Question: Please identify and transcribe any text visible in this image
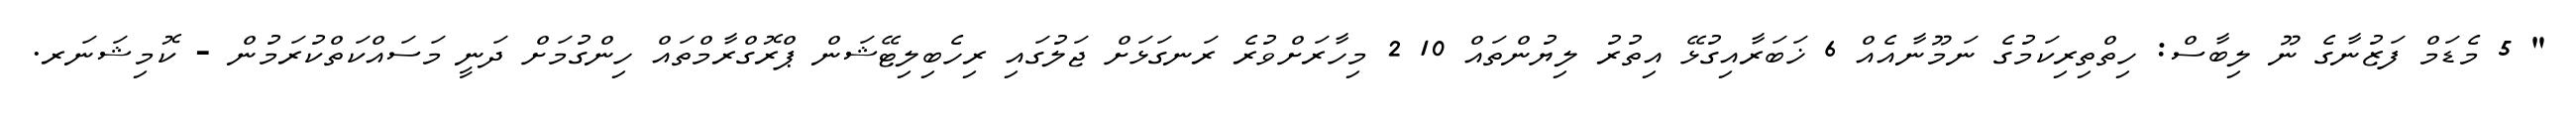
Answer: " 5 މެޑަމް ފަޒުނާގެ ނޫ ލިބާސް: ހިތްތިރިކަމުގެ ނަމޫނާއެއް 6 ޚަބަރާއިގުޅޭ އިތުރު ލިޔުންތައް 10 2 މިހާރަށްވުރެ ރަނގަޅަށް ޖަލުގައި ރިހެބިލިޓޭޝަން ޕްރޮގްރާމްތައް ހިންގުމަށް ދަނީ މަސައްކަތްކުރަމުން - ކޮމިޝަނަރ.